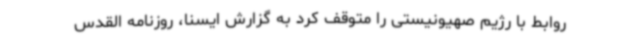
روابط با رژیم صهیونیستی را متوقف کرد به گزارش ایسنا، روزنامه القدس